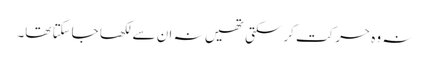
نہ وہ حرکت کرسکتی تھیں نہ ان سے لکھا جاسکتا تھا۔